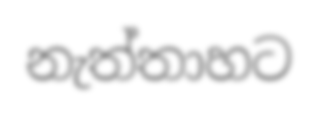
නැත්තාහට